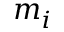
m _ { i }